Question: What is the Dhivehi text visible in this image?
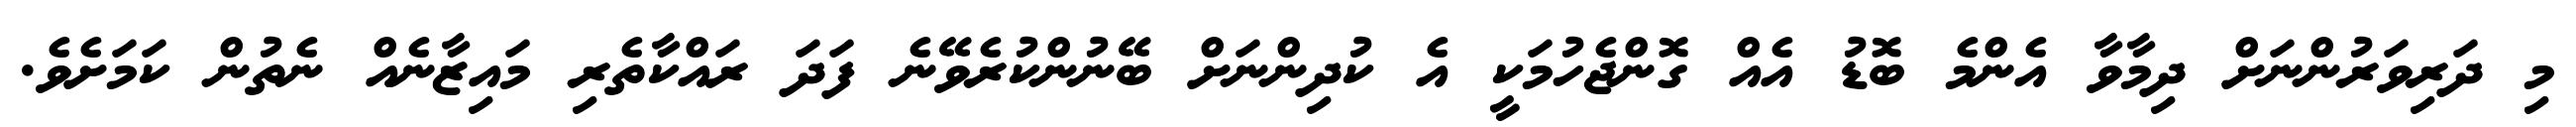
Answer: މި ދަރިވަރުންނަށް ދިމާވާ އެންމެ ބޮޑު އެއް ގޮންޖެހުމަކީ އެ ކުދިންނަށް ބޭނުންކުރެވޭނެ ފަދަ ރައްކާތެރި މައިޒާނެއް ނެތުން ކަމަށެވެ.